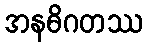
အနဓိဂတဿ